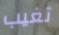
تغيب